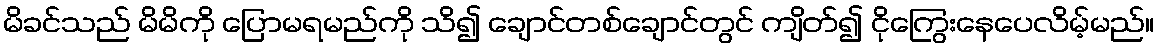
မိခင်သည် မိမိကို ပြောမရမည်ကို သိ၍ ချောင်တစ်ချောင်တွင် ကျိတ်၍ ငိုကြွေးနေပေလိမ့်မည်။